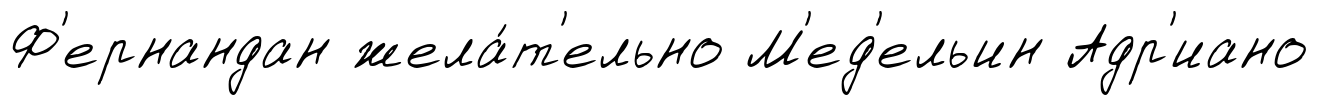
Ф'ернандан жела́т'ельно М'ед'ельин Адр'иано